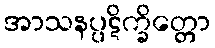
အာသနပ္ပဋိက္ခိတ္တော